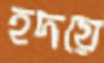
হদয়ে